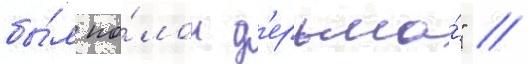
бы́л по́лон д'ерьма́" //